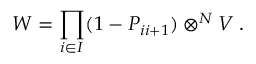
W ^ { \l } = \prod _ { i \in I ^ { \l } } ( 1 - P _ { i i + 1 } ) \otimes ^ { N } V \; .